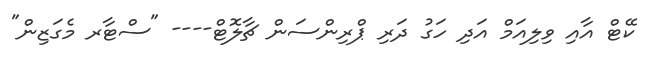
ކޭޓް އާއި ވިލިއަމް އަދި ހަގު ދަރި ޕްރިންސަން ޗާލޮޓް---- "ސްޓާރ މެގަޒިން"